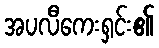
အပလီကေးရှင်း၏